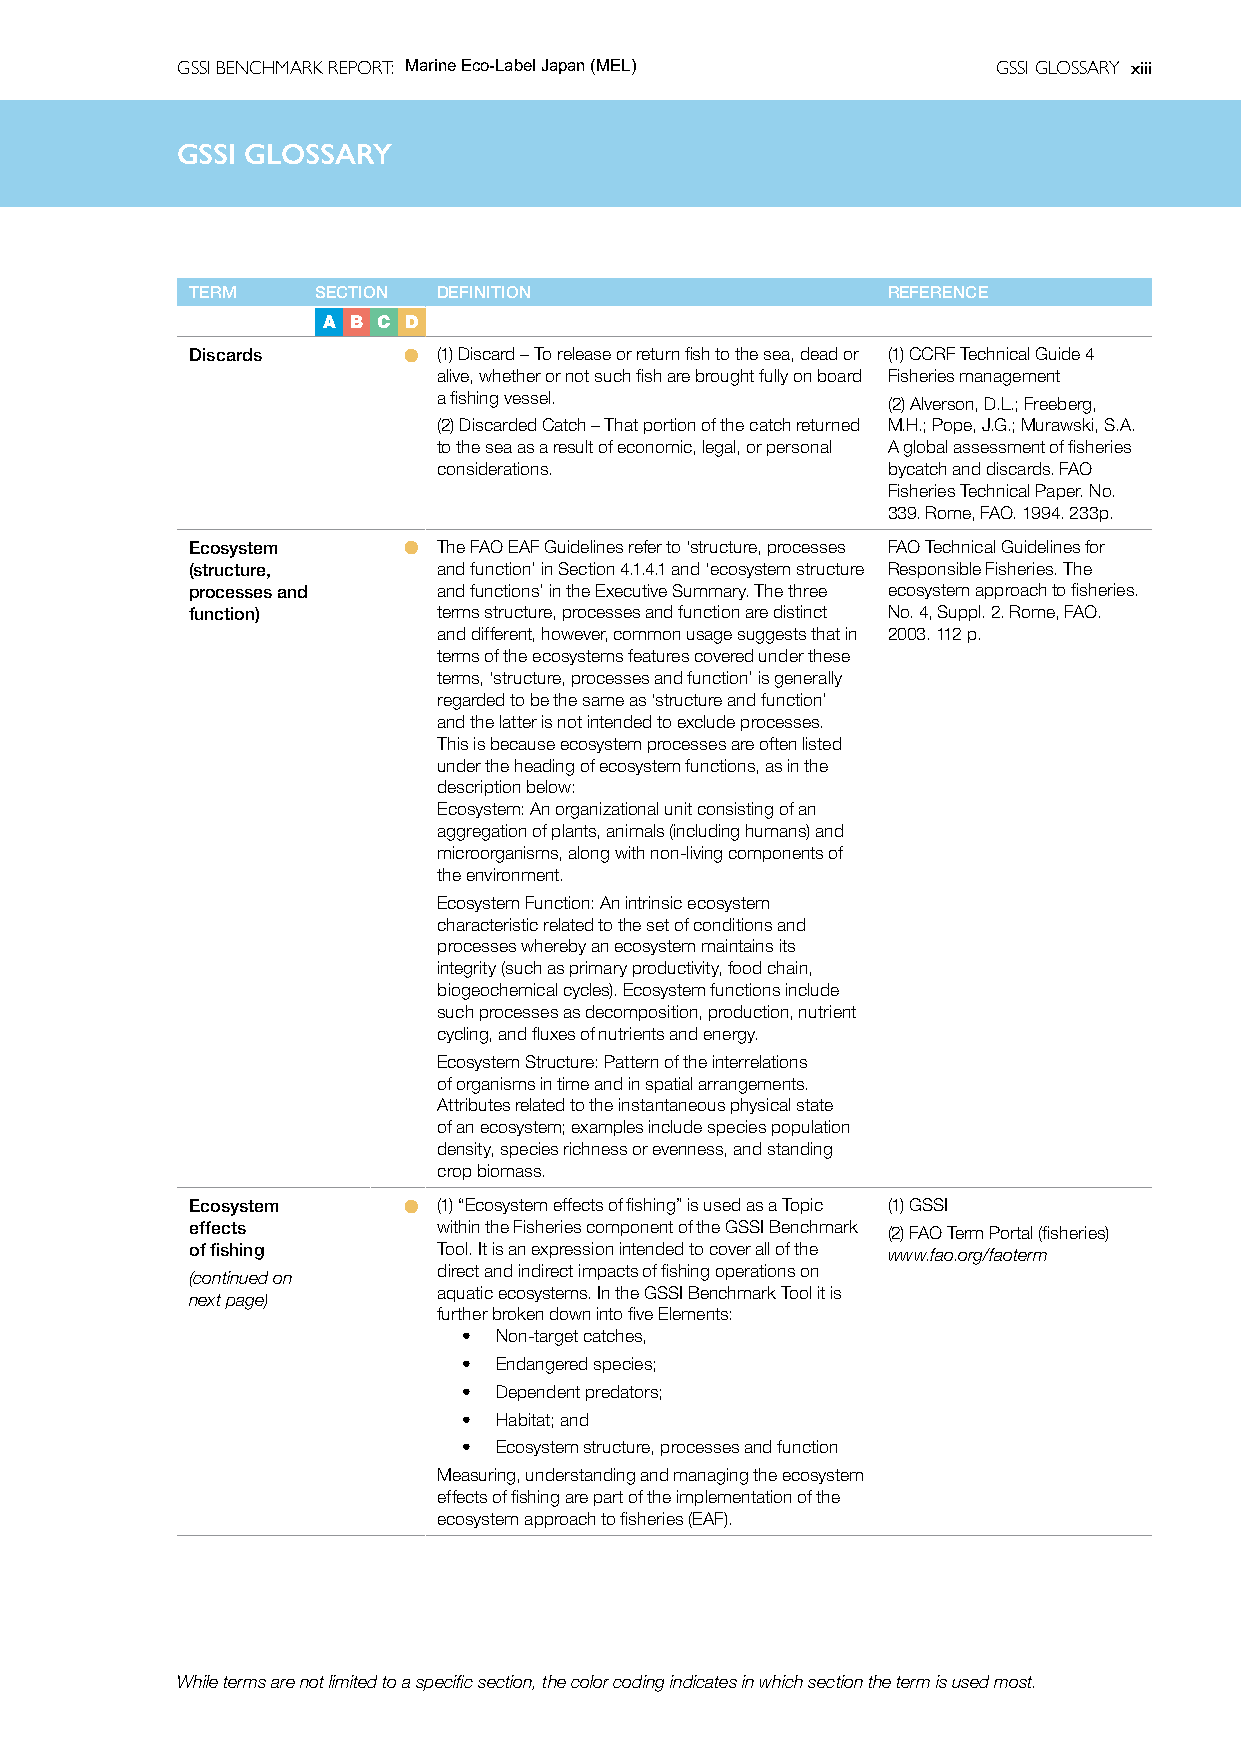
GSSI BENCHMARK REPORT: Marine Eco-Label Japan (MEL)   GSSI GLOSSARY xiii
 GSSIG  GSSIl oGsLOsaSSrAyRY
 TERM    SECTION DEFINITION                    REFERENCE
 A B C D
 Discards      l (1) Discard – To release or return fish to the sea, dead or (1) CCRF Technical Guide 4
 alive, whether or not such fish are brought fully on board Fisheries management
 a fishing vessel.             (2) Alverson, D.L.; Freeberg,
 (2) Discarded Catch – That portion of the catch returned M.H.; Pope, J.G.; Murawski, S.A.
 to the sea as a result of economic, legal, or personal A global assessment of fisheries
 considerations.               bycatch and discards. FAO
 Fisheries Technical Paper. No.
 339. Rome, FAO. 1994. 233p.
 Ecosystem     l The FAO EAF Guidelines refer to ‘structure, processes FAO Technical Guidelines for
 (structure,     and function’ in Section 4.1.4.1 and ‘ecosystem structure Responsible Fisheries. The
 processes and   and functions’ in the Executive Summary. The three ecosystem approach to fisheries.
 function)       terms structure, processes and function are distinct No. 4, Suppl. 2. Rome, FAO.
 and different, however, common usage suggests that in 2003. 112 p.
 terms of the ecosystems features covered under these
 terms, ‘structure, processes and function’ is generally
 regarded to be the same as ‘structure and function’
 and the latter is not intended to exclude processes.
 This is because ecosystem processes are often listed
 under the heading of ecosystem functions, as in the
 description below:
 Ecosystem: An organizational unit consisting of an
 aggregation of plants, animals (including humans) and
 microorganisms, along with non-living components of
 the environment.
 Ecosystem Function: An intrinsic ecosystem
 characteristic related to the set of conditions and
 processes whereby an ecosystem maintains its
 integrity (such as primary productivity, food chain,
 biogeochemical cycles). Ecosystem functions include
 such processes as decomposition, production, nutrient
 cycling, and fluxes of nutrients and energy.
 Ecosystem Structure: Pattern of the interrelations
 of organisms in time and in spatial arrangements.
 Attributes related to the instantaneous physical state
 of an ecosystem; examples include species population
 density, species richness or evenness, and standing
 crop biomass.
 Ecosystem     l (1) “Ecosystem effects of fishing” is used as a Topic (1) GSSI
 effects         within the Fisheries component of the GSSI Benchmark (2) FAO Term Portal (fisheries)
 of fishing      Tool. It is an expression intended to cover all of the www.fao.org/faoterm
 direct and indirect impacts of fishing operations on
 (continued on
 aquatic ecosystems. In the GSSI Benchmark Tool it is
 next page)
 further broken down into five Elements:
 • Non-target catches,
 • Endangered species;
 • Dependent predators;
 • Habitat; and
 • Ecosystem structure, processes and function
 Measuring, understanding and managing the ecosystem
 effects of fishing are part of the implementation of the
 ecosystem approach to fisheries (EAF).
 While terms are not limited to a specific section, the color coding indicates in which section the term is used most.